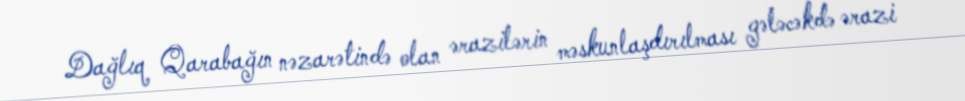
Dağlıq Qarabağın nəzarətində olan ərazilərin məskunlaşdırılması gələcəkdə ərazi